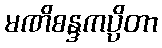
မဏိစန္ဒကပ္ပိတာ